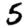
Digit: 5